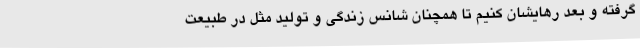
گرفته و بعد رهایشان کنیم تا همچنان شانس زندگی و تولید مثل در طبیعت